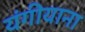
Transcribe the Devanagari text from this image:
यंगीयाना